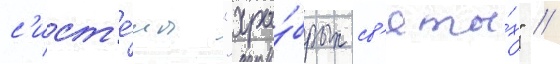
с'ист'е́мы "хра́брых св'яты́х" /